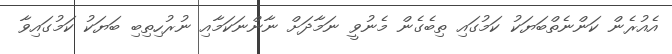
އެއުރެން ކަންނެތްބަޔަކު ކަމުގައި ތިބެގެން މެނުވީ ނަމާދަށް ނާންނަކަމާއި ނުރުހިތިބި ބަޔަކު ކަމުގައިވާ